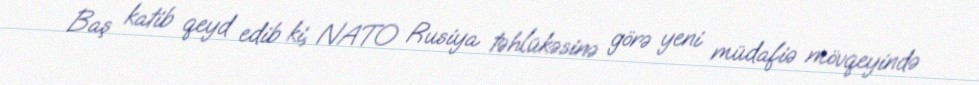
Baş katib qeyd edib ki, NATO Rusiya təhlükəsinə görə yeni müdafiə mövqeyində